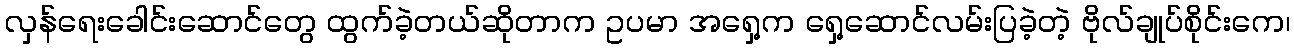
လှန်ရေးခေါင်းဆောင်တွေ ထွက်ခဲ့တယ်ဆိုတာက ဥပမာ အရှေ့က ရှေ့ဆောင်လမ်းပြခဲ့တဲ့ ဗိုလ်ချုပ်စိုင်းကေ၊